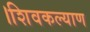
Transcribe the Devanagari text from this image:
।शिवकल्याण